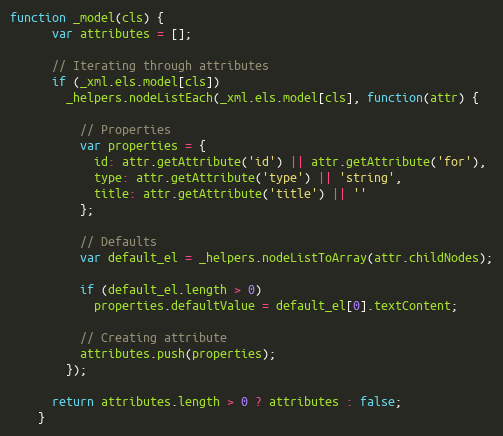
Language: JavaScript
function _model(cls) {
      var attributes = [];

      // Iterating through attributes
      if (_xml.els.model[cls])
        _helpers.nodeListEach(_xml.els.model[cls], function(attr) {

          // Properties
          var properties = {
            id: attr.getAttribute('id') || attr.getAttribute('for'),
            type: attr.getAttribute('type') || 'string',
            title: attr.getAttribute('title') || ''
          };

          // Defaults
          var default_el = _helpers.nodeListToArray(attr.childNodes);

          if (default_el.length > 0)
            properties.defaultValue = default_el[0].textContent;

          // Creating attribute
          attributes.push(properties);
        });

      return attributes.length > 0 ? attributes : false;
    }